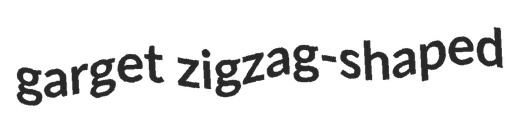
garget zigzag-shaped